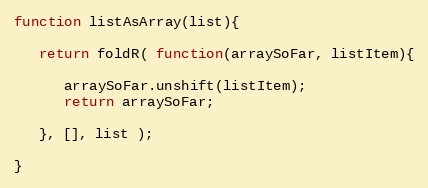
Language: JavaScript
function listAsArray(list){

   return foldR( function(arraySoFar, listItem){

      arraySoFar.unshift(listItem);
      return arraySoFar;

   }, [], list );

}